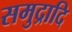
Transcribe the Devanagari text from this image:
समुद्रादि